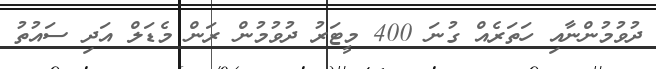
ދުވުމުންނާއި ހަތަރެއް ގުނަ 400 މީޓަރު ދުވުމުން ރަން މެޑަލް އަދި ސައުތު